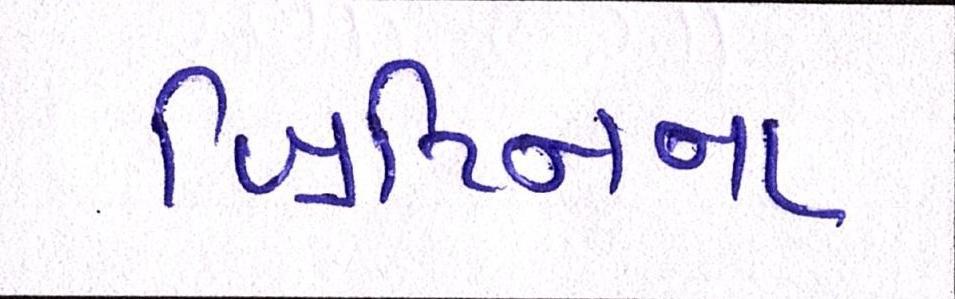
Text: બ્રિટિનના